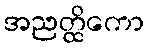
အညတ္ထိကော